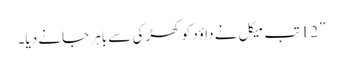
” 12 تب میکل نے داؤد کو کھڑکی سے باہر جانے دیا۔